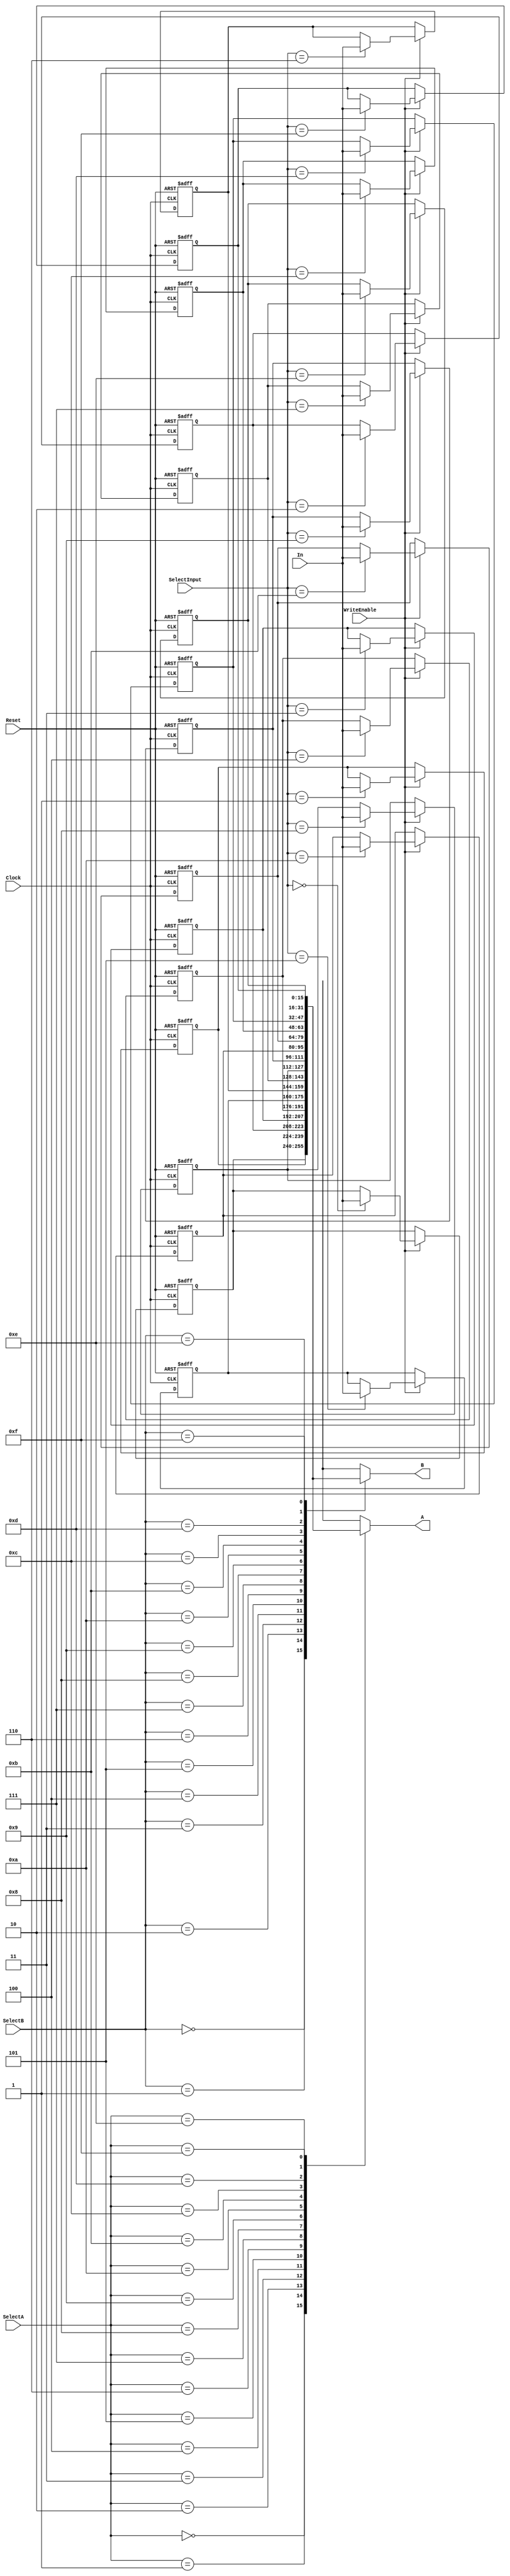
`timescale 1ns / 1ps
//////////////////////////////////////////////////////////////////////////////////
// Company: 
// Engineer: 
// 
// Design Name: 
// Module Name:    RegFile2 
// Project Name: 
// Target Devices: 
// Tool versions: 
// Description: 
//
// Dependencies: 
//
// Revision: 
// Revision 0.01 - File Created
// Additional Comments: 
//
//////////////////////////////////////////////////////////////////////////////////
module RegFile2(
    input Clock,
    input Reset,
    input WriteEnable,
    input [3:0] SelectInput,
    input [3:0] SelectA,
    input [3:0] SelectB,
    input [15:0] In,
    output [15:0] A,
    output [15:0] B
    ); 
	 
	 reg [15:0] registers [15:0];
	 
	 	 // Initialize registers to zero:
	 initial begin 
		registers[0] <= 16'h0000;
		registers[1] <= 16'h0000;
		registers[2] <= 16'h0000;
		registers[3] <= 16'h0000;
		registers[4] <= 16'h0000;
		registers[5] <= 16'h0000;
		registers[6] <= 16'h0000;
		registers[7] <= 16'h0000;
		registers[8] <= 16'h0000;
		registers[9] <= 16'h0000;
		registers[10] <= 16'h0000;
		registers[11] <= 16'h0000;
		registers[12] <= 16'h0000;
		registers[13] <= 16'h0000;
		registers[14] <= 16'h0000;
		registers[15] <= 16'h0000;

	 end 
	 
	 	 // Main always block:
	 always @(posedge Clock, negedge Reset)
	 begin
		// If we are resetting set all reg to zero
		if (~Reset)
		begin
		registers[0] <= 16'h0000;
		registers[1] <= 16'h0000;
		registers[2] <= 16'h0000;
		registers[3] <= 16'h0000;
		registers[4] <= 16'h0000;
		registers[5] <= 16'h0000;
		registers[6] <= 16'h0000;
		registers[7] <= 16'h0000;
		registers[8] <= 16'h0000;
		registers[9] <= 16'h0000;
		registers[10] <= 16'h0000;
		registers[11] <= 16'h0000;
		registers[12] <= 16'h0000;
		registers[13] <= 16'h0000;
		registers[14] <= 16'h0000;
		registers[15] <= 16'h0000; 
		end
		
		// Otherwise set outputs and reg
		else
		begin
			// If write is enabled store input value in file:
			if (WriteEnable)
				registers[SelectInput] <= In;
		end
	end 
	
	assign A = registers[SelectA];
	assign B = registers[SelectB];
	
endmodule